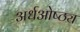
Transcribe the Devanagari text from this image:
अर्धओष्ठ्य